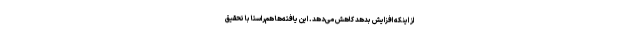
از اینکه افزایش بدهد کاهش می‌دهد. این یافته‌ها هم‌راستا با تحقیق